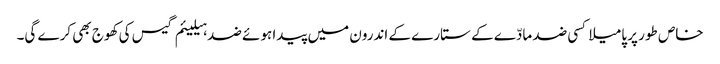
خاص طور پر پامیلا کسی ضد مادّے کے ستارے کے اندرون میں پیدا ہوئے ضد ہیلیئم گیس کی کھوج بھی کرے گی۔